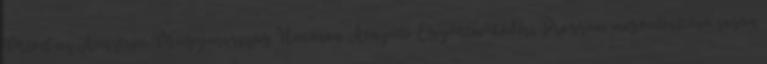
Mivel az Ausztria-Magyarország Határon Átnyúló Együttműködési Program megvalósítása során